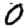
Digit: 0